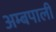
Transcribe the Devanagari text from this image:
अम्बपाली